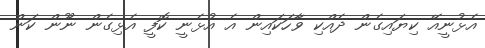
އެޅުނީއޭ ކިޔައިގެން ދެއްކި ވާހަކައިން އެ އުޅެނީ ކޮފީ އެޅިގެން ނޫން ކަން